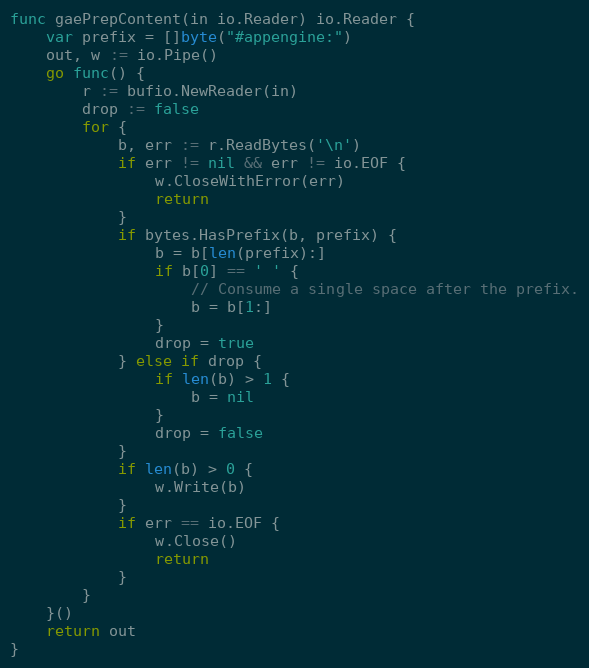
Language: Go
func gaePrepContent(in io.Reader) io.Reader {
	var prefix = []byte("#appengine:")
	out, w := io.Pipe()
	go func() {
		r := bufio.NewReader(in)
		drop := false
		for {
			b, err := r.ReadBytes('\n')
			if err != nil && err != io.EOF {
				w.CloseWithError(err)
				return
			}
			if bytes.HasPrefix(b, prefix) {
				b = b[len(prefix):]
				if b[0] == ' ' {
					// Consume a single space after the prefix.
					b = b[1:]
				}
				drop = true
			} else if drop {
				if len(b) > 1 {
					b = nil
				}
				drop = false
			}
			if len(b) > 0 {
				w.Write(b)
			}
			if err == io.EOF {
				w.Close()
				return
			}
		}
	}()
	return out
}